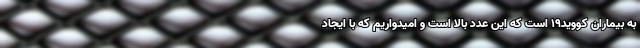
به بیماران کووید19 است که این عدد بالا است و امیدواریم که با ایجاد